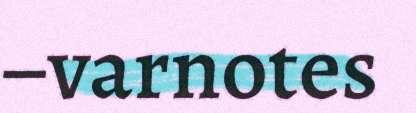
–varnotes